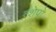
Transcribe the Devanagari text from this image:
त्शेपो